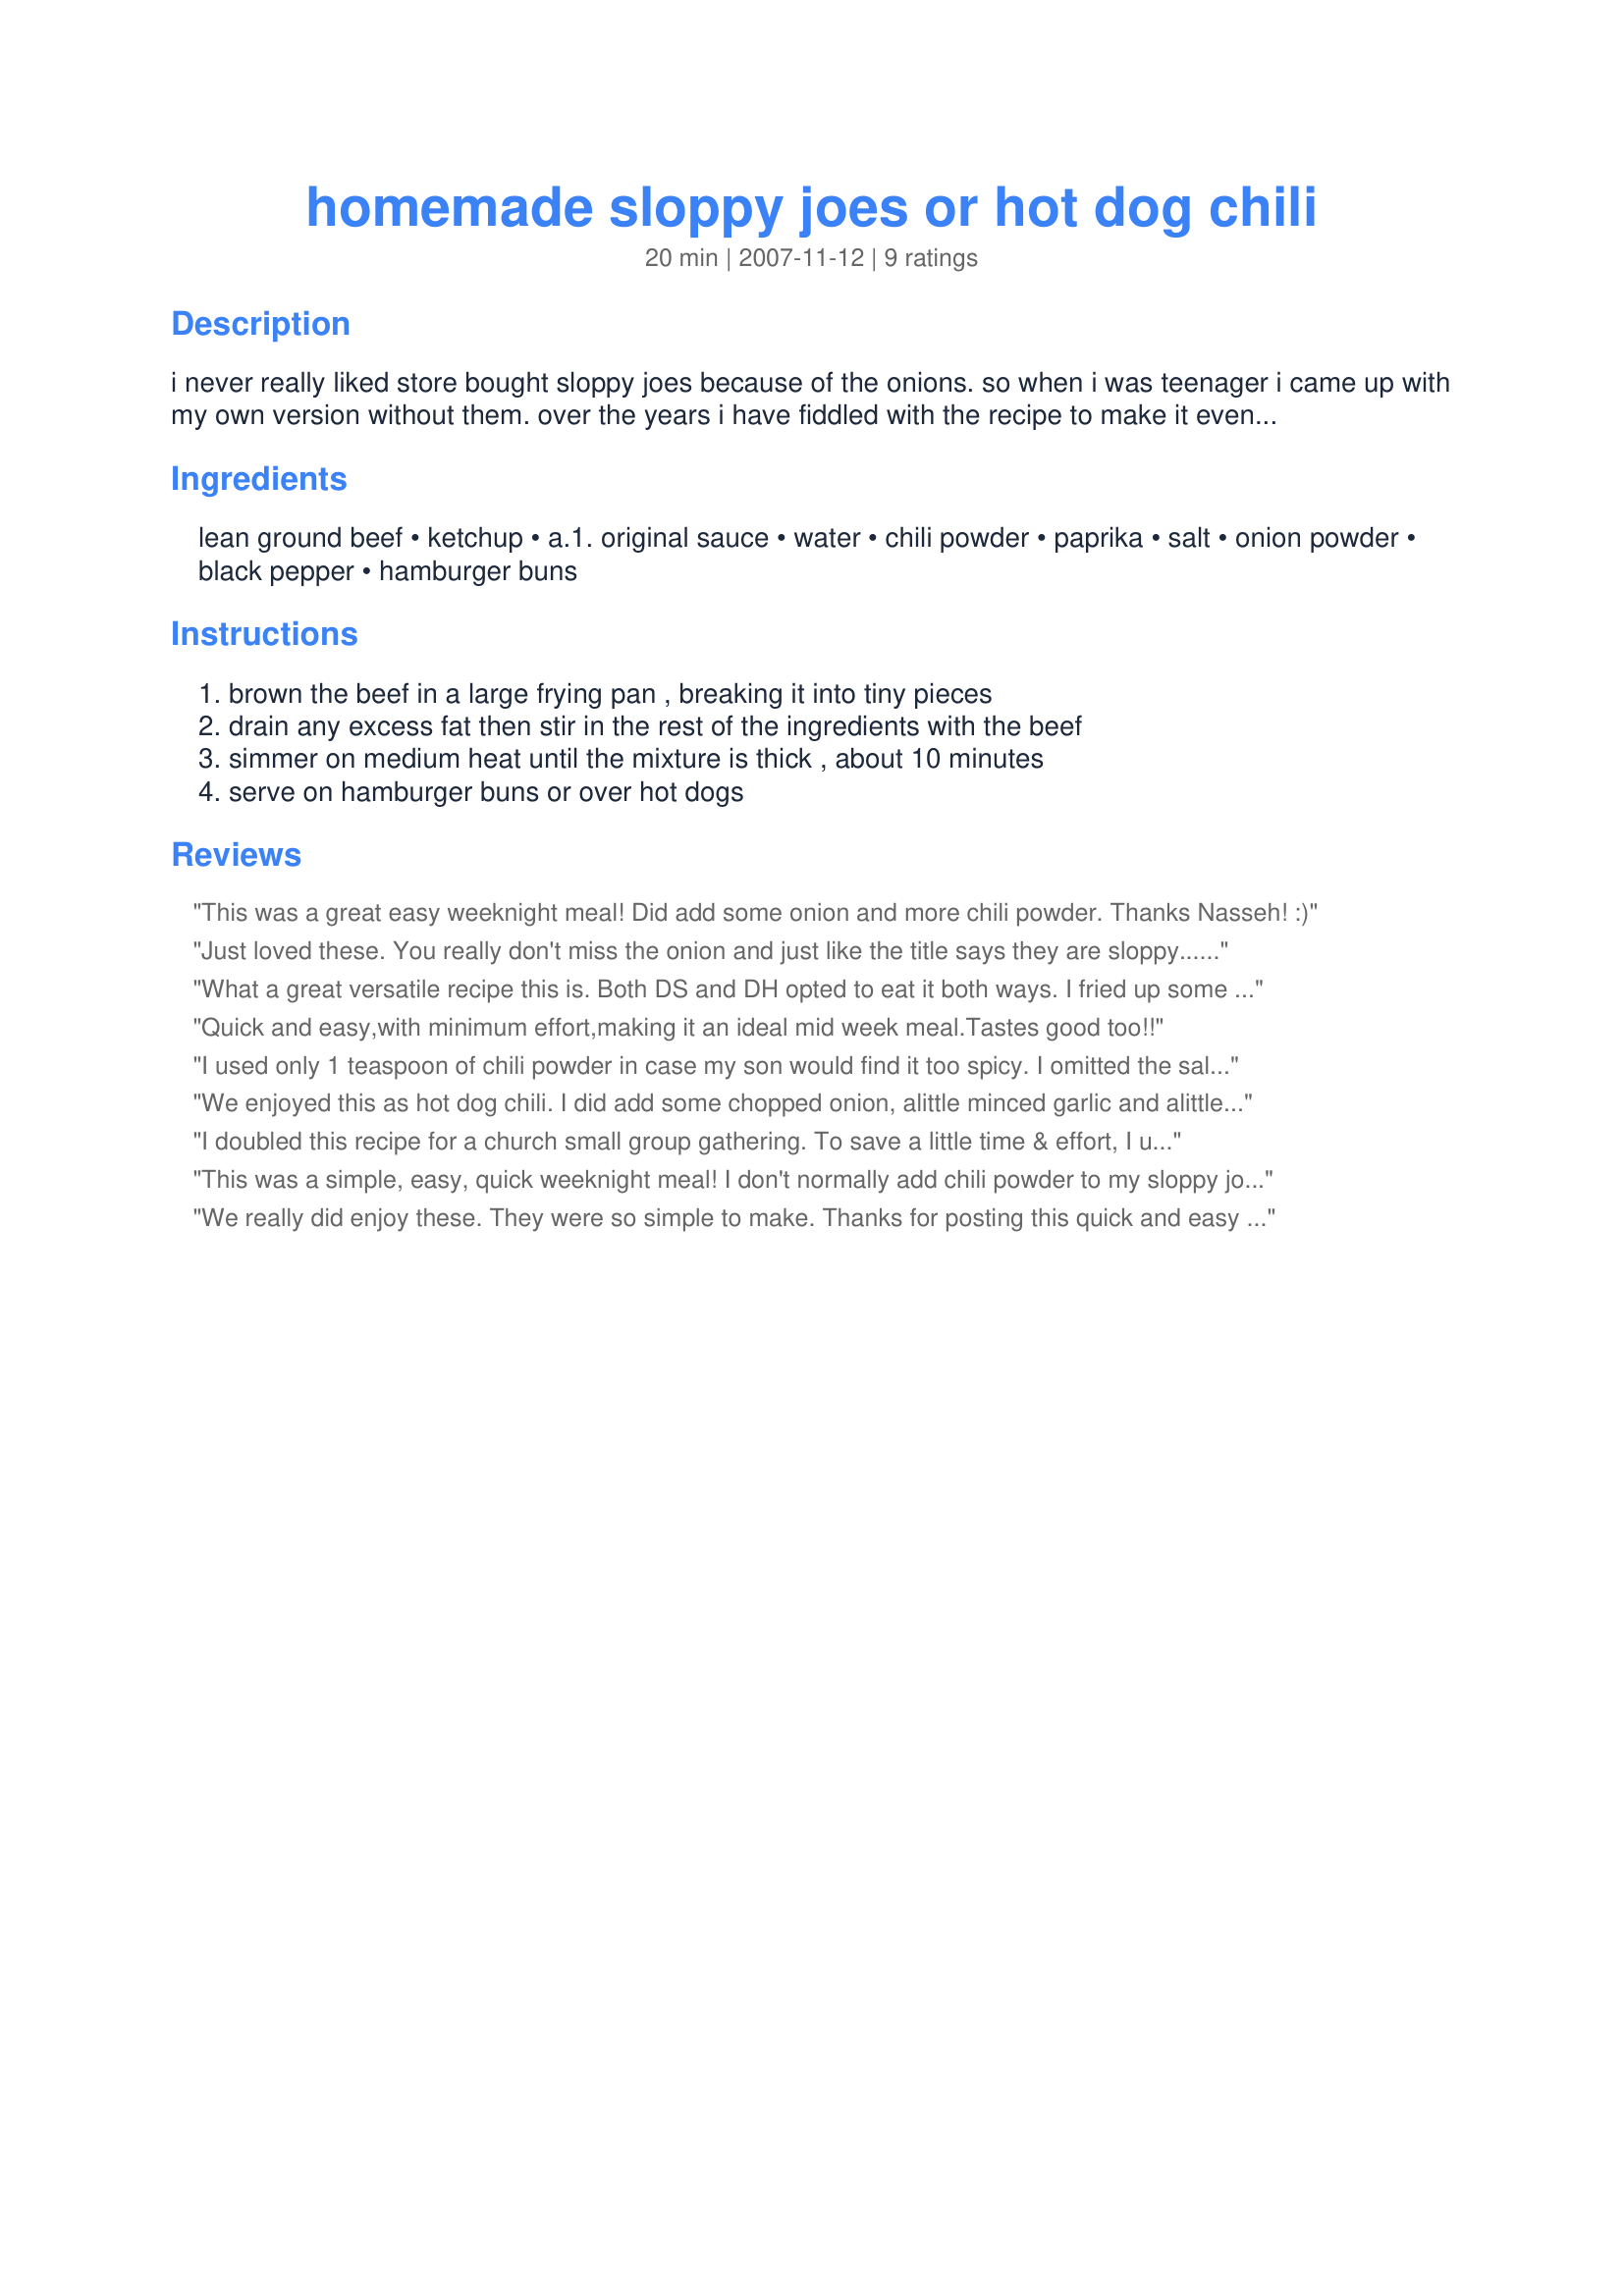
homemade sloppy joes or hot dog chili
Preparation time: 20 minutes

i never really liked store bought sloppy joes because of the onions. so when i was teenager i came up with my own version without them. over the years i have fiddled with the recipe to make it even more delicious. my dad uses it as his hot dog chili. each to their own.

Ingredients:
lean ground beef, ketchup, a.1. original sauce, water, chili powder, paprika, salt, onion powder, black pepper, hamburger buns

Steps:
brown the beef in a large frying pan , breaking it into tiny pieces, drain any excess fat then stir in the rest of the ingredients with the beef, simmer on medium heat until the mixture is thick , about 10 minutes, serve on hamburger buns or over hot dogs

Reviews:
This was a great easy weeknight meal! Did add some onion and more chili powder. Thanks Nasseh! :)
Just loved these. You really don't miss the onion and just like the title says they are sloppy...Quick, easy and full of flavor. Thanks for posting. We really enjoyed them.
What a great versatile recipe this is. Both DS and DH opted to eat it both ways. I fried up some HebrewNational hot-dogs and they topped a few and then ate some of just the meat plain inside a hotdog bun. Great flavor combinations too:-) Love the added A-1 sauce. Made for ZaarStars.
Quick and easy,with minimum effort,making it an ideal mid week meal.Tastes good too!!
I used only 1 teaspoon of chili powder in case my son would find it too spicy. I omitted the salt. I loved the taste. It was perfect. And it needed only 5 minutes to have it spicy enough. I ate mine with sharp cheddar cheese. Thanks Nasseh :) Made for Ramadan tag game
We enjoyed this as hot dog chili. I did add some chopped onion, alittle minced garlic and alittle sugar for more of a sweeter taste. I mixed the ketchup,steak sauce, water and the seasonings in a measuring cup and let sit on counter while the hamburger was cooking.I than drained the hamburger and returned to the pan and added onion and minced garlic. Than I added the sauce and let simmer til it absorbed the liquid. Turned out great!! Our hot dogs were wonderful!! Thanks so much for sharing the recipe :)
I doubled this recipe for a church small group gathering. To save a little time & effort, I used 2 packets of mild chili seasoning. With the Bold Y Spicy A-1 I had on hand, the spice had just enough kick. I simmered it longer, so I did end up having to add a little more water.
This was a simple, easy, quick weeknight meal! I don't normally add chili powder to my sloppy joes but it was a nice addition and I will from now on! Made this recipe just as specified and really enjoyed it - thanks for posting!
We really did enjoy these. They were so simple to make. Thanks for posting this quick and easy recipe.
